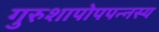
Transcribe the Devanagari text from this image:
गुरुशापोपपन्नस्य